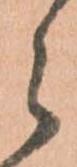
ら